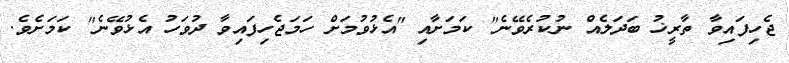
ޖެހިފައިވާ ތާރީޚު ބަދަލެއް ނުކުރެވޭނެ" ކަމަށާއި "އެޅުވުމަށް ހަމަޖެހިފައިވާ ދުވަހު އެޅުވޭނެ" ކަމަށެވެ.